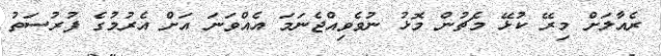
ރެއާލަށް މިރޭ ކުޅޭ މެޗުން މޮޅު ނުވެވިއްޖެނަމަ އެއްވަނަ އަށް އެރުމުގެ ފުރުސަތު